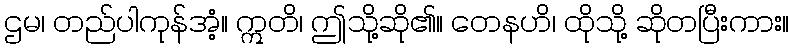
ဌမ၊ တည်ပါကုန်အံ့။ ဣတိ၊ ဤသို့ဆို၏။ တေနဟိ၊ ထိုသို့ ဆိုတပြီးကား။